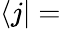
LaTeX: \langle j|=